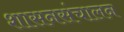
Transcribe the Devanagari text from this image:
शासनसंचालन